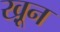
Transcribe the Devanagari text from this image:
खू़न